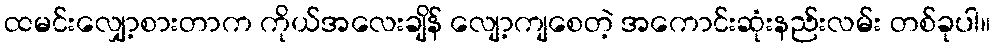
ထမင်းလျှော့စားတာက ကိုယ်အလေးချိန် လျော့ကျစေတဲ့ အကောင်းဆုံးနည်းလမ်း တစ်ခုပါ။